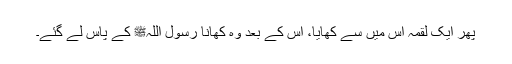
پھر ایک لقمہ اس میں سے کھایا، اس کے بعد وہ کھانا رسول اللہﷺ کے پاس لے گئے۔